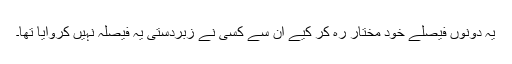
یہ دونوں فیصلے خود مختار رہ کر کیے ان سے کسی نے زبردستی یہ فیصلہ نہیں کروایا تھا۔